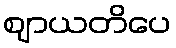
ဈာယတိပေ